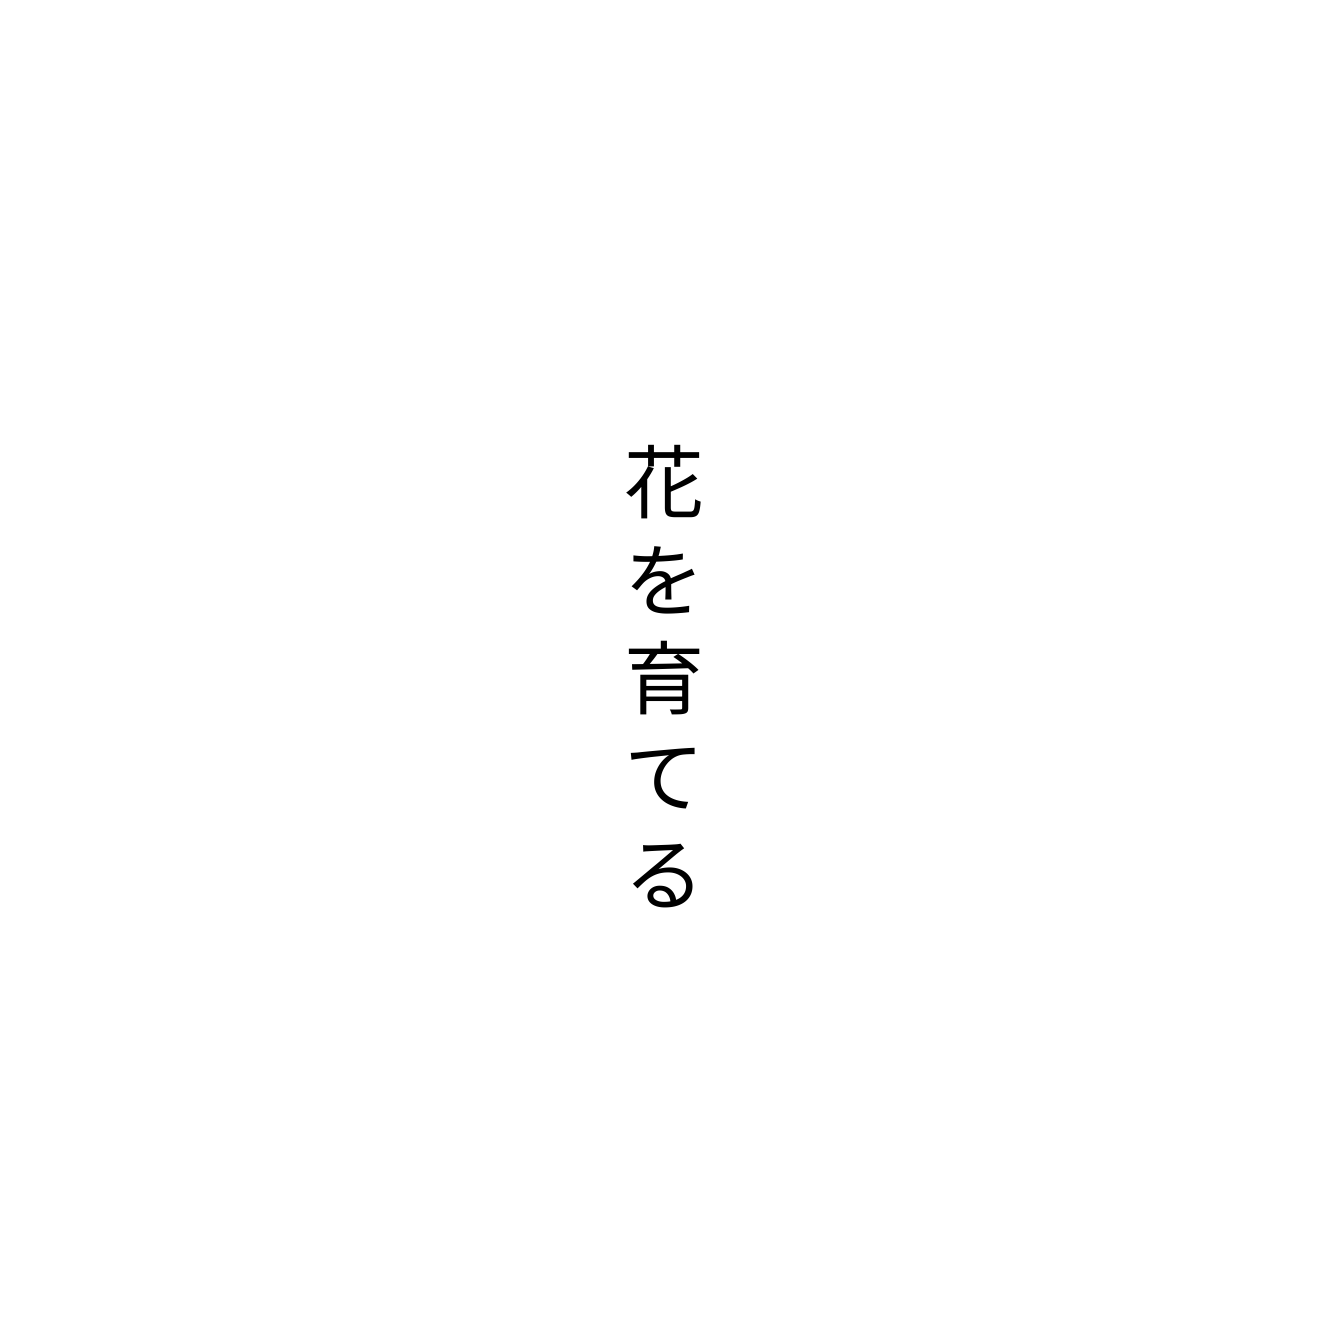
花を育てる